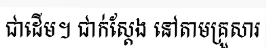
ជាដើម។ ជាក់ស្តែង នៅតាមគ្រួសារ